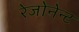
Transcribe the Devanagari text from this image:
रेजोनेन्ट